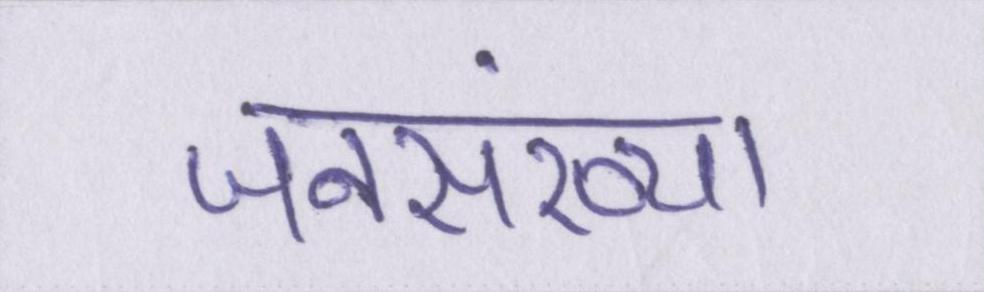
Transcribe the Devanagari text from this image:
जनसंख्या